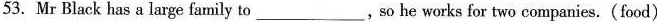
53.Mr Black has a large family to___, so he works for two companies.(food)